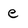
Character: e